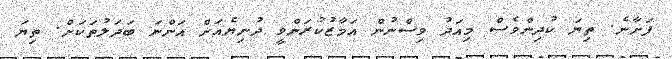
ފަށާނެ. ތިޔަ ކުދިންވެސް މިއަދު ވިސްނުން އަމާޒުކުރަންވީ ދުނިޔެއަށް އަންނަ ބަދަލުތަކަށް. ތިޔަ